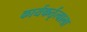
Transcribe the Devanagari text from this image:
कार्यकर्तृत्वाला